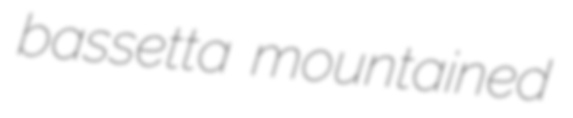
bassetta mountained